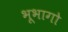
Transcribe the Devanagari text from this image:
भूभागो